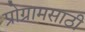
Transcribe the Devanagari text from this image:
प्रोग्रामसाठी